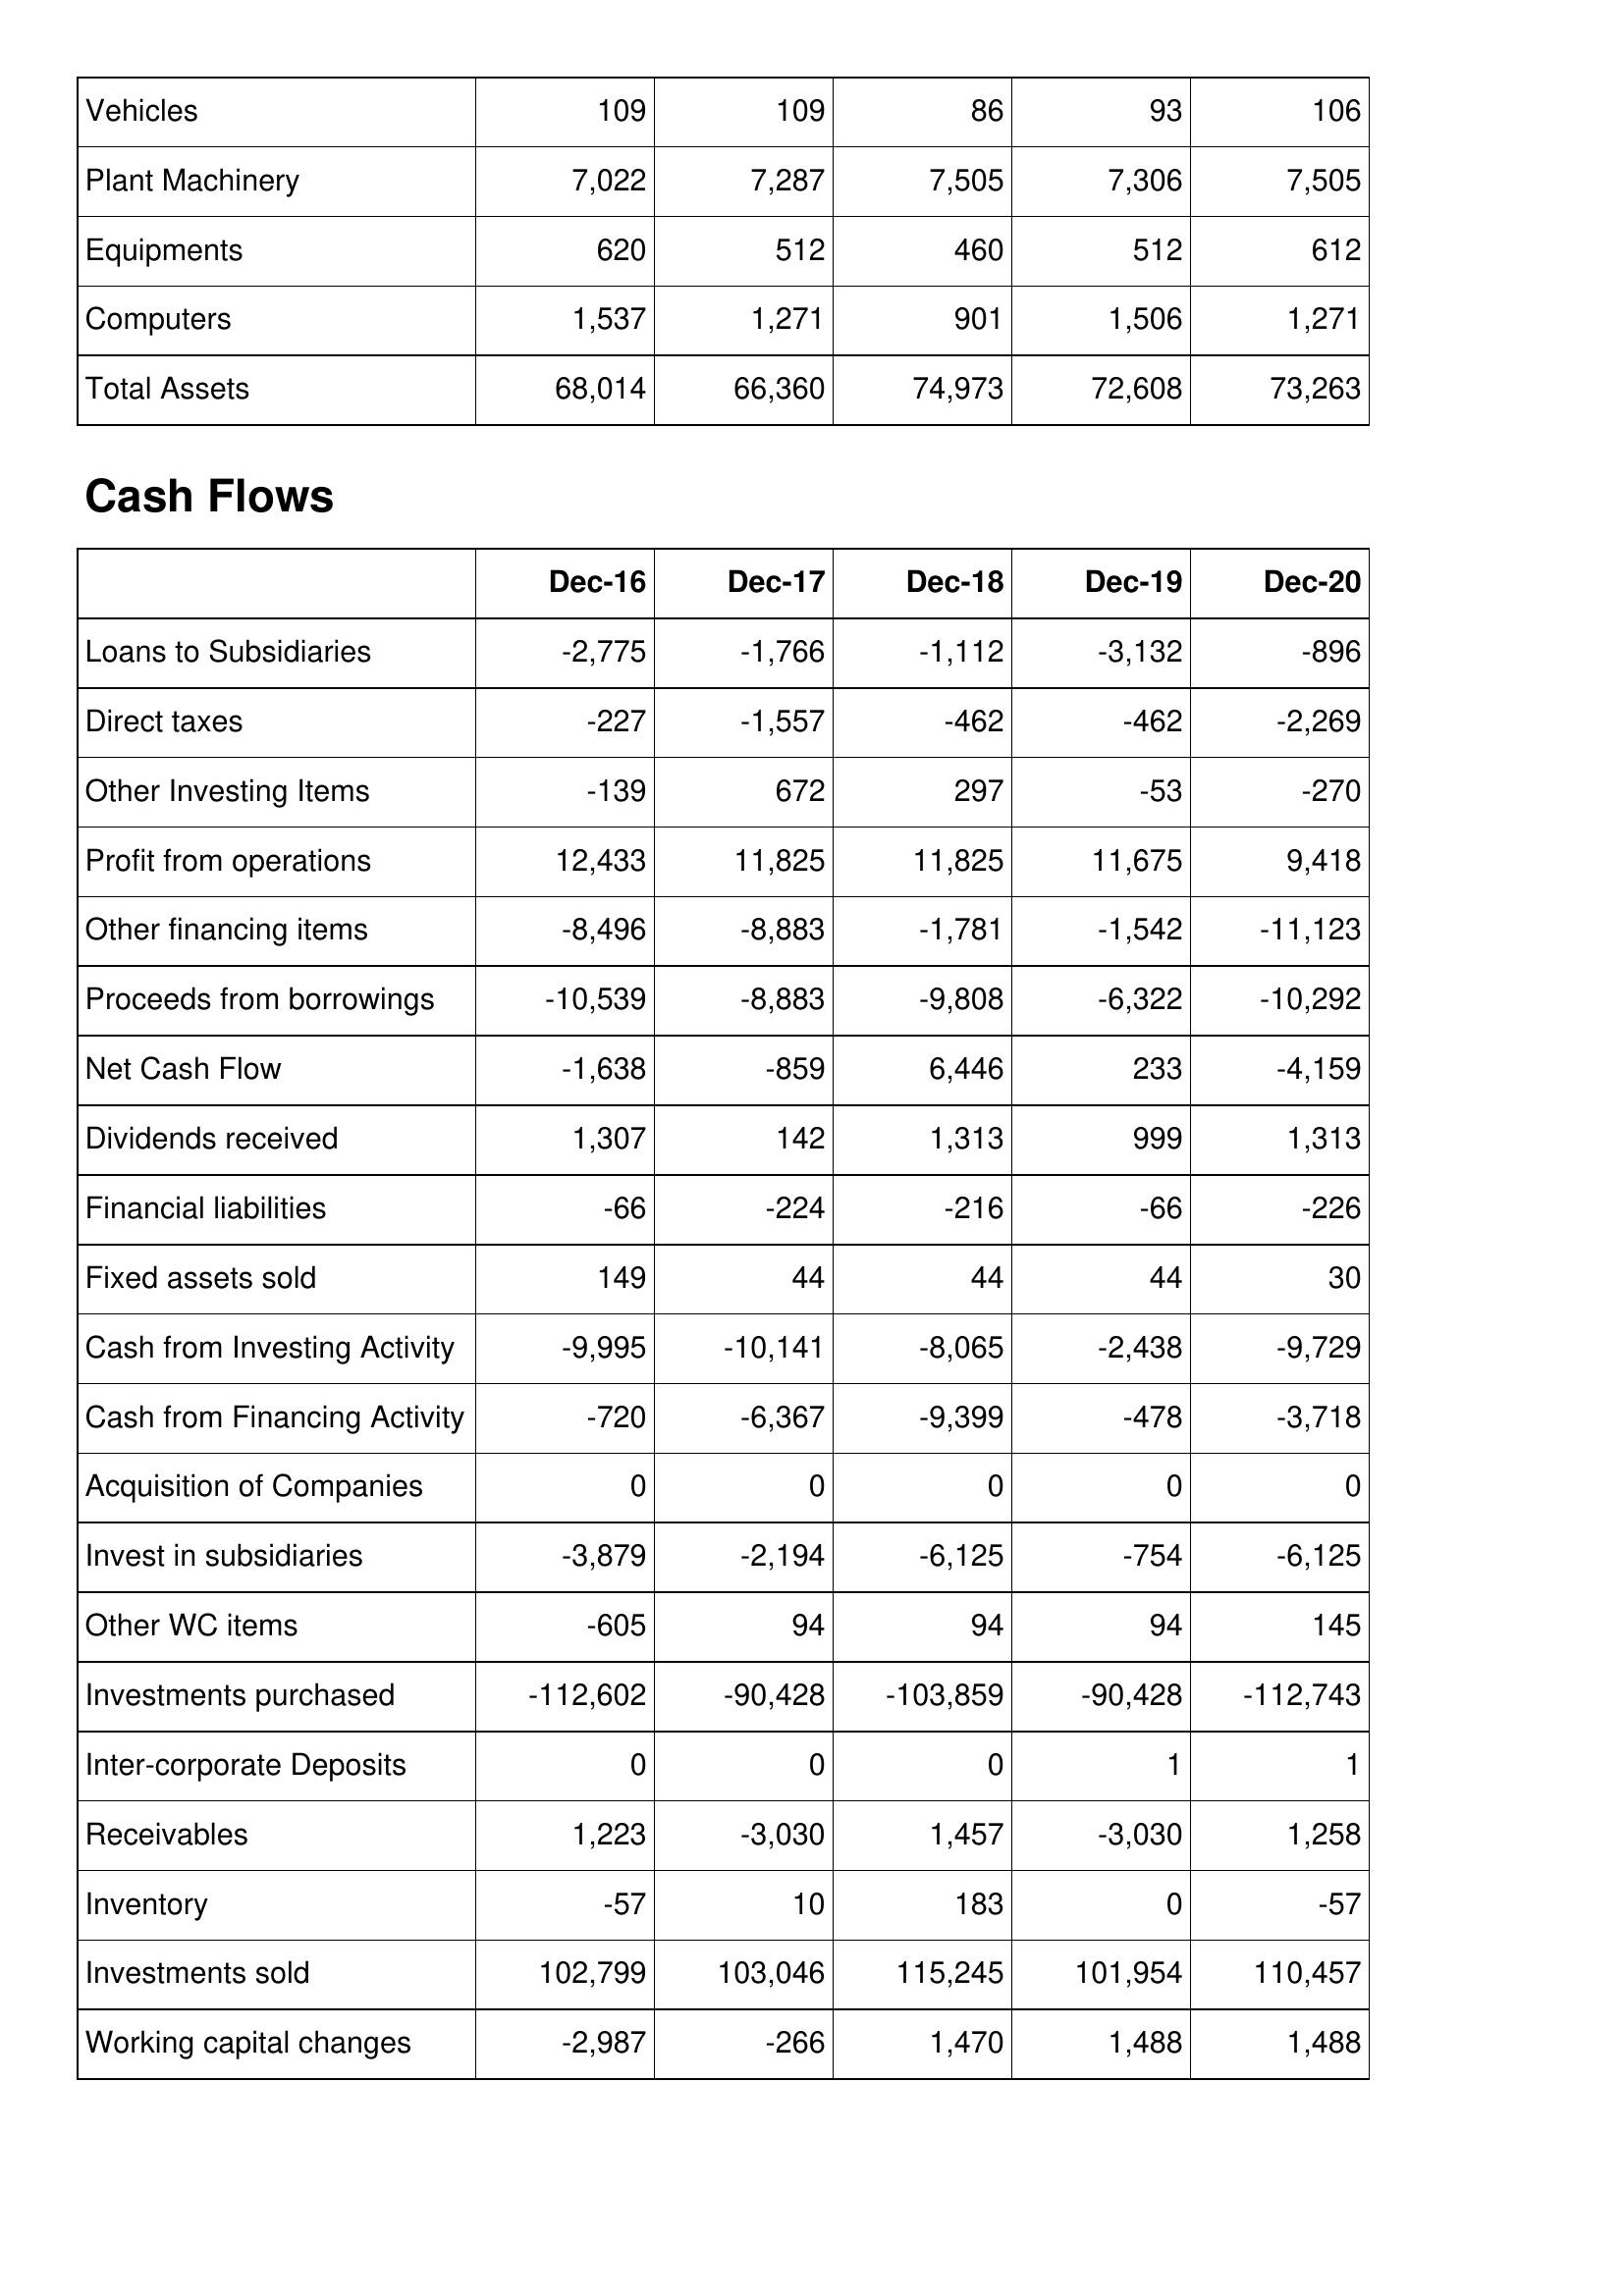
Dec-16: Balance Sheet: Vehicles: 109
Plant Machinery: 7,022
Equipments: 620
Computers: 1,537
Total Assets: 68,014
Cash Flows: Loans to Subsidiaries: -2,775
Direct taxes: -227
Other Investing Items: -139
Profit from operations: 12,433
Other financing items: -8,496
Proceeds from borrowings: -10,539
Net Cash Flow: -1,638
Dividends received: 1,307
Financial liabilities: -66
Fixed assets sold: 149
Cash from Investing Activity: -9,995
Cash from Financing Activity: -720
Acquisition of Companies: 0
Invest in subsidiaries: -3,879
Other WC items: -605
Investments purchased: -112,602
Inter-corporate Deposits: 0
Receivables: 1,223
Inventory: -57
Investments sold: 102,799
Working capital changes: -2,987
Dec-17: Balance Sheet: Vehicles: 109
Plant Machinery: 7,287
Equipments: 512
Computers: 1,271
Total Assets: 66,360
Cash Flows: Loans to Subsidiaries: -1,766
Direct taxes: -1,557
Other Investing Items: 672
Profit from operations: 11,825
Other financing items: -8,883
Proceeds from borrowings: -8,883
Net Cash Flow: -859
Dividends received: 142
Financial liabilities: -224
Fixed assets sold: 44
Cash from Investing Activity: -10,141
Cash from Financing Activity: -6,367
Acquisition of Companies: 0
Invest in subsidiaries: -2,194
Other WC items: 94
Investments purchased: -90,428
Inter-corporate Deposits: 0
Receivables: -3,030
Inventory: 10
Investments sold: 103,046
Working capital changes: -266
Dec-18: Balance Sheet: Vehicles: 86
Plant Machinery: 7,505
Equipments: 460
Computers: 901
Total Assets: 74,973
Cash Flows: Loans to Subsidiaries: -1,112
Direct taxes: -462
Other Investing Items: 297
Profit from operations: 11,825
Other financing items: -1,781
Proceeds from borrowings: -9,808
Net Cash Flow: 6,446
Dividends received: 1,313
Financial liabilities: -216
Fixed assets sold: 44
Cash from Investing Activity: -8,065
Cash from Financing Activity: -9,399
Acquisition of Companies: 0
Invest in subsidiaries: -6,125
Other WC items: 94
Investments purchased: -103,859
Inter-corporate Deposits: 0
Receivables: 1,457
Inventory: 183
Investments sold: 115,245
Working capital changes: 1,470
Dec-19: Balance Sheet: Vehicles: 93
Plant Machinery: 7,306
Equipments: 512
Computers: 1,506
Total Assets: 72,608
Cash Flows: Loans to Subsidiaries: -3,132
Direct taxes: -462
Other Investing Items: -53
Profit from operations: 11,675
Other financing items: -1,542
Proceeds from borrowings: -6,322
Net Cash Flow: 233
Dividends received: 999
Financial liabilities: -66
Fixed assets sold: 44
Cash from Investing Activity: -2,438
Cash from Financing Activity: -478
Acquisition of Companies: 0
Invest in subsidiaries: -754
Other WC items: 94
Investments purchased: -90,428
Inter-corporate Deposits: 1
Receivables: -3,030
Inventory: 0
Investments sold: 101,954
Working capital changes: 1,488
Dec-20: Balance Sheet: Vehicles: 106
Plant Machinery: 7,505
Equipments: 612
Computers: 1,271
Total Assets: 73,263
Cash Flows: Loans to Subsidiaries: -896
Direct taxes: -2,269
Other Investing Items: -270
Profit from operations: 9,418
Other financing items: -11,123
Proceeds from borrowings: -10,292
Net Cash Flow: -4,159
Dividends received: 1,313
Financial liabilities: -226
Fixed assets sold: 30
Cash from Investing Activity: -9,729
Cash from Financing Activity: -3,718
Acquisition of Companies: 0
Invest in subsidiaries: -6,125
Other WC items: 145
Investments purchased: -112,743
Inter-corporate Deposits: 1
Receivables: 1,258
Inventory: -57
Investments sold: 110,457
Working capital changes: 1,488